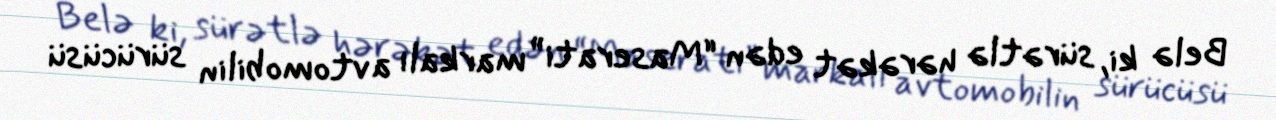
Belə ki, sürətlə hərəkət edən “Maserati” markalı avtomobilin sürücüsü